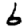
Digit: 6